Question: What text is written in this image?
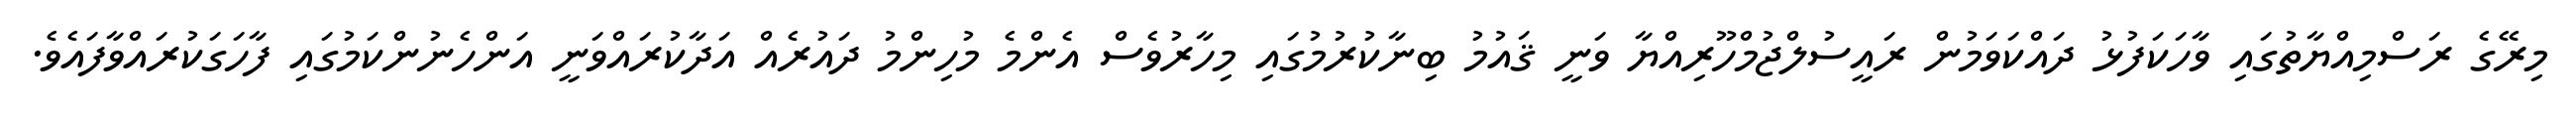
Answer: މިރޭގެ ރަސްމިއްޔާތުގައި ވާހަކަފުޅު ދައްކަވަމުން ރައީސުލްޖުމްހޫރިއްޔާ ވަނީ ޤައުމު ބިނާކުރުމުގައި މިހާރުވެސް އެންމެ މުހިންމު ދައުރެއް އަދާކުރައްވަނީ އަންހެނުންކަމުގައި ފާހަގަކުރައްވާފައެވެ.